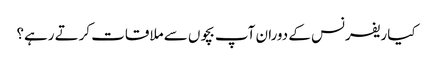
کیا ریفرنس کے دوران آپ بچوں سے ملاقات کرتے رہے؟